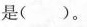
是()。